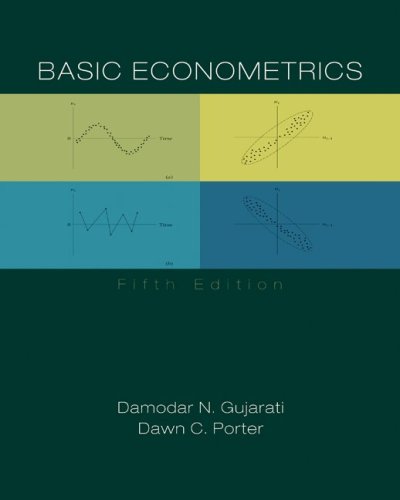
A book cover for Basic Econometrics; Damodar Gujarati; Business & Money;